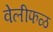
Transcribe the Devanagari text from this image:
वेलीफळ